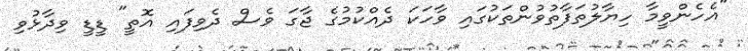
"އެހެންވީމާ ހިޔާލުތަފާތުވުންތަކުގައި ވާހަކަ ދެއްކުމުގެ ޖާގަ ވެސް ދެވިފައި އޮތީ" ޑީޑީ ވިދާޅުވި